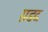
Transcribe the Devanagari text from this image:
ग़डद